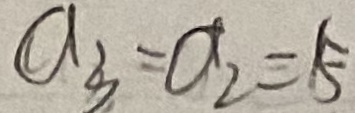
a _ { 3 } = a _ { 2 } = 5